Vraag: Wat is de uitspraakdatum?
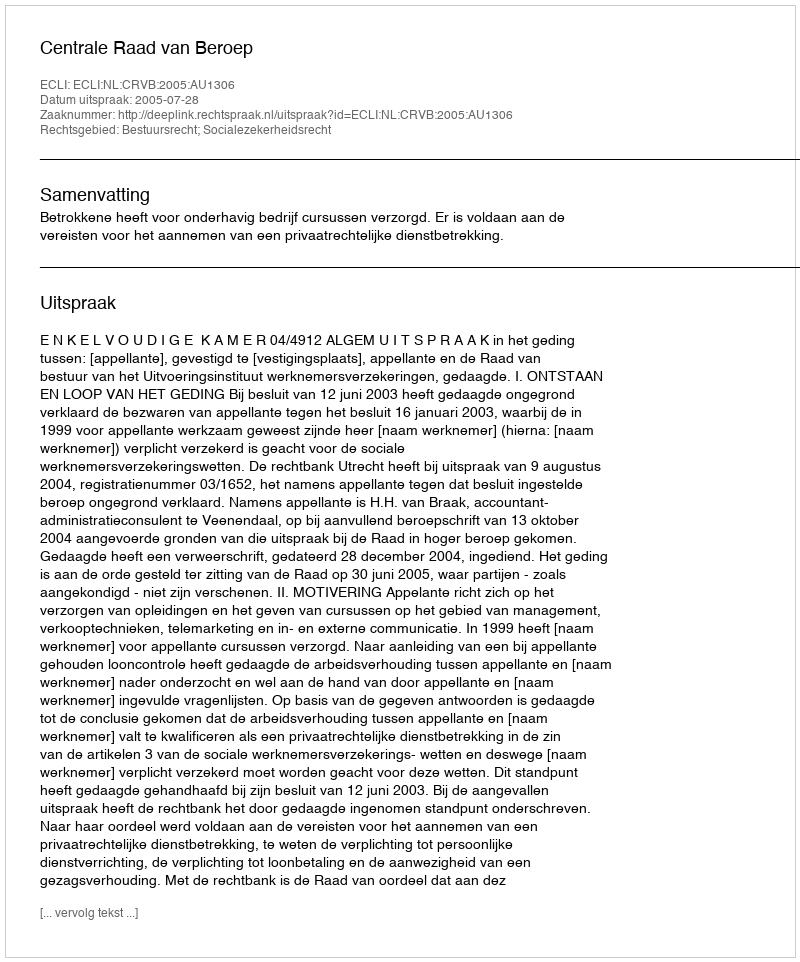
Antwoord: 2005-07-28